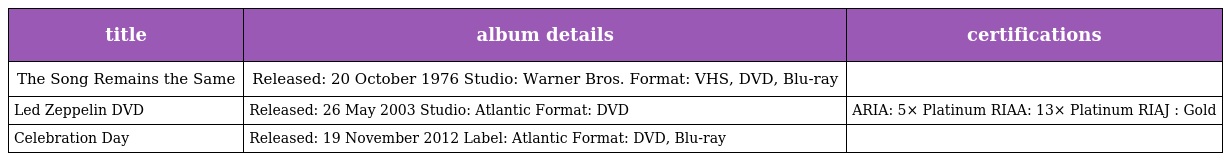
| title | album details | certifications |
 | --- | --- | --- |
 | The Song Remains the Same | Released: 20 October 1976 Studio: Warner Bros. Format: VHS, DVD, Blu-ray |  |
 | Led Zeppelin DVD | Released: 26 May 2003 Studio: Atlantic Format: DVD | ARIA: 5× Platinum RIAA: 13× Platinum RIAJ : Gold |
 | Celebration Day | Released: 19 November 2012 Label: Atlantic Format: DVD, Blu-ray |  |